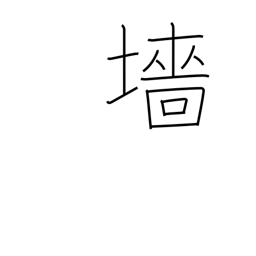
Meaning: hedge